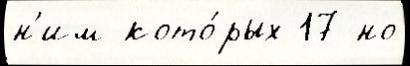
н'им кото́рых 17 но